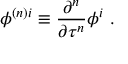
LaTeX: \phi ^ { { ( n ) } i } \equiv \frac { \partial ^ { n } } { \partial \tau ^ { n } } \phi ^ { i } \ .